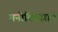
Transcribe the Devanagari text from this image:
मनोवितज्ञान